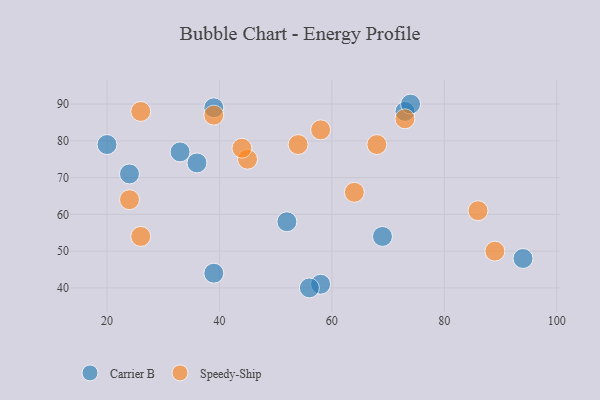
{"axis": {"x": "GDP", "y": "Life Expectancy"}, "legend": ["Carrier B", "Speedy-Ship"], "data": [{"x": "52", "y": 58, "type": "Carrier B"}, {"x": "36", "y": 74, "type": "Carrier B"}, {"x": "20", "y": 79, "type": "Carrier B"}, {"x": "69", "y": 54, "type": "Carrier B"}, {"x": "39", "y": 44, "type": "Carrier B"}, {"x": "73", "y": 88, "type": "Carrier B"}, {"x": "58", "y": 41, "type": "Carrier B"}, {"x": "56", "y": 40, "type": "Carrier B"}, {"x": "74", "y": 90, "type": "Carrier B"}, {"x": "39", "y": 89, "type": "Carrier B"}, {"x": "24", "y": 71, "type": "Carrier B"}, {"x": "94", "y": 48, "type": "Carrier B"}, {"x": "33", "y": 77, "type": "Carrier B"}, {"x": "26", "y": 88, "type": "Speedy-Ship"}, {"x": "24", "y": 64, "type": "Speedy-Ship"}, {"x": "58", "y": 83, "type": "Speedy-Ship"}, {"x": "64", "y": 66, "type": "Speedy-Ship"}, {"x": "39", "y": 87, "type": "Speedy-Ship"}, {"x": "86", "y": 61, "type": "Speedy-Ship"}, {"x": "45", "y": 75, "type": "Speedy-Ship"}, {"x": "54", "y": 79, "type": "Speedy-Ship"}, {"x": "26", "y": 54, "type": "Speedy-Ship"}, {"x": "44", "y": 78, "type": "Speedy-Ship"}, {"x": "89", "y": 50, "type": "Speedy-Ship"}, {"x": "73", "y": 86, "type": "Speedy-Ship"}, {"x": "68", "y": 79, "type": "Speedy-Ship"}]}